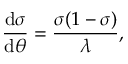
\frac { \mathrm { d } \sigma } { \mathrm { d } \theta } = \frac { \sigma ( 1 - \sigma ) } { \lambda } ,